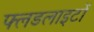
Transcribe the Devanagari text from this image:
फ्लडलाइटों